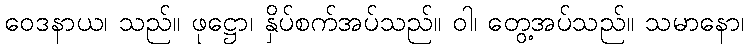
ဝေဒနာယ၊ သည်။ ဖုဋ္ဌော၊ နှိပ်စက်အပ်သည်။ ဝါ၊ တွေ့အပ်သည်။ သမာနော၊